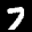
Label: 7